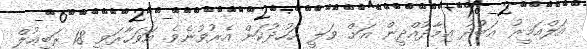
އަލްއަމީރު ޢަބުދު ޢިމާދުއްދީން އަށް ވަލީ ޢަހުދުކަން އެރުވުނެވެ. އަވަހާރަވީ 18 ރަބީޢުލް